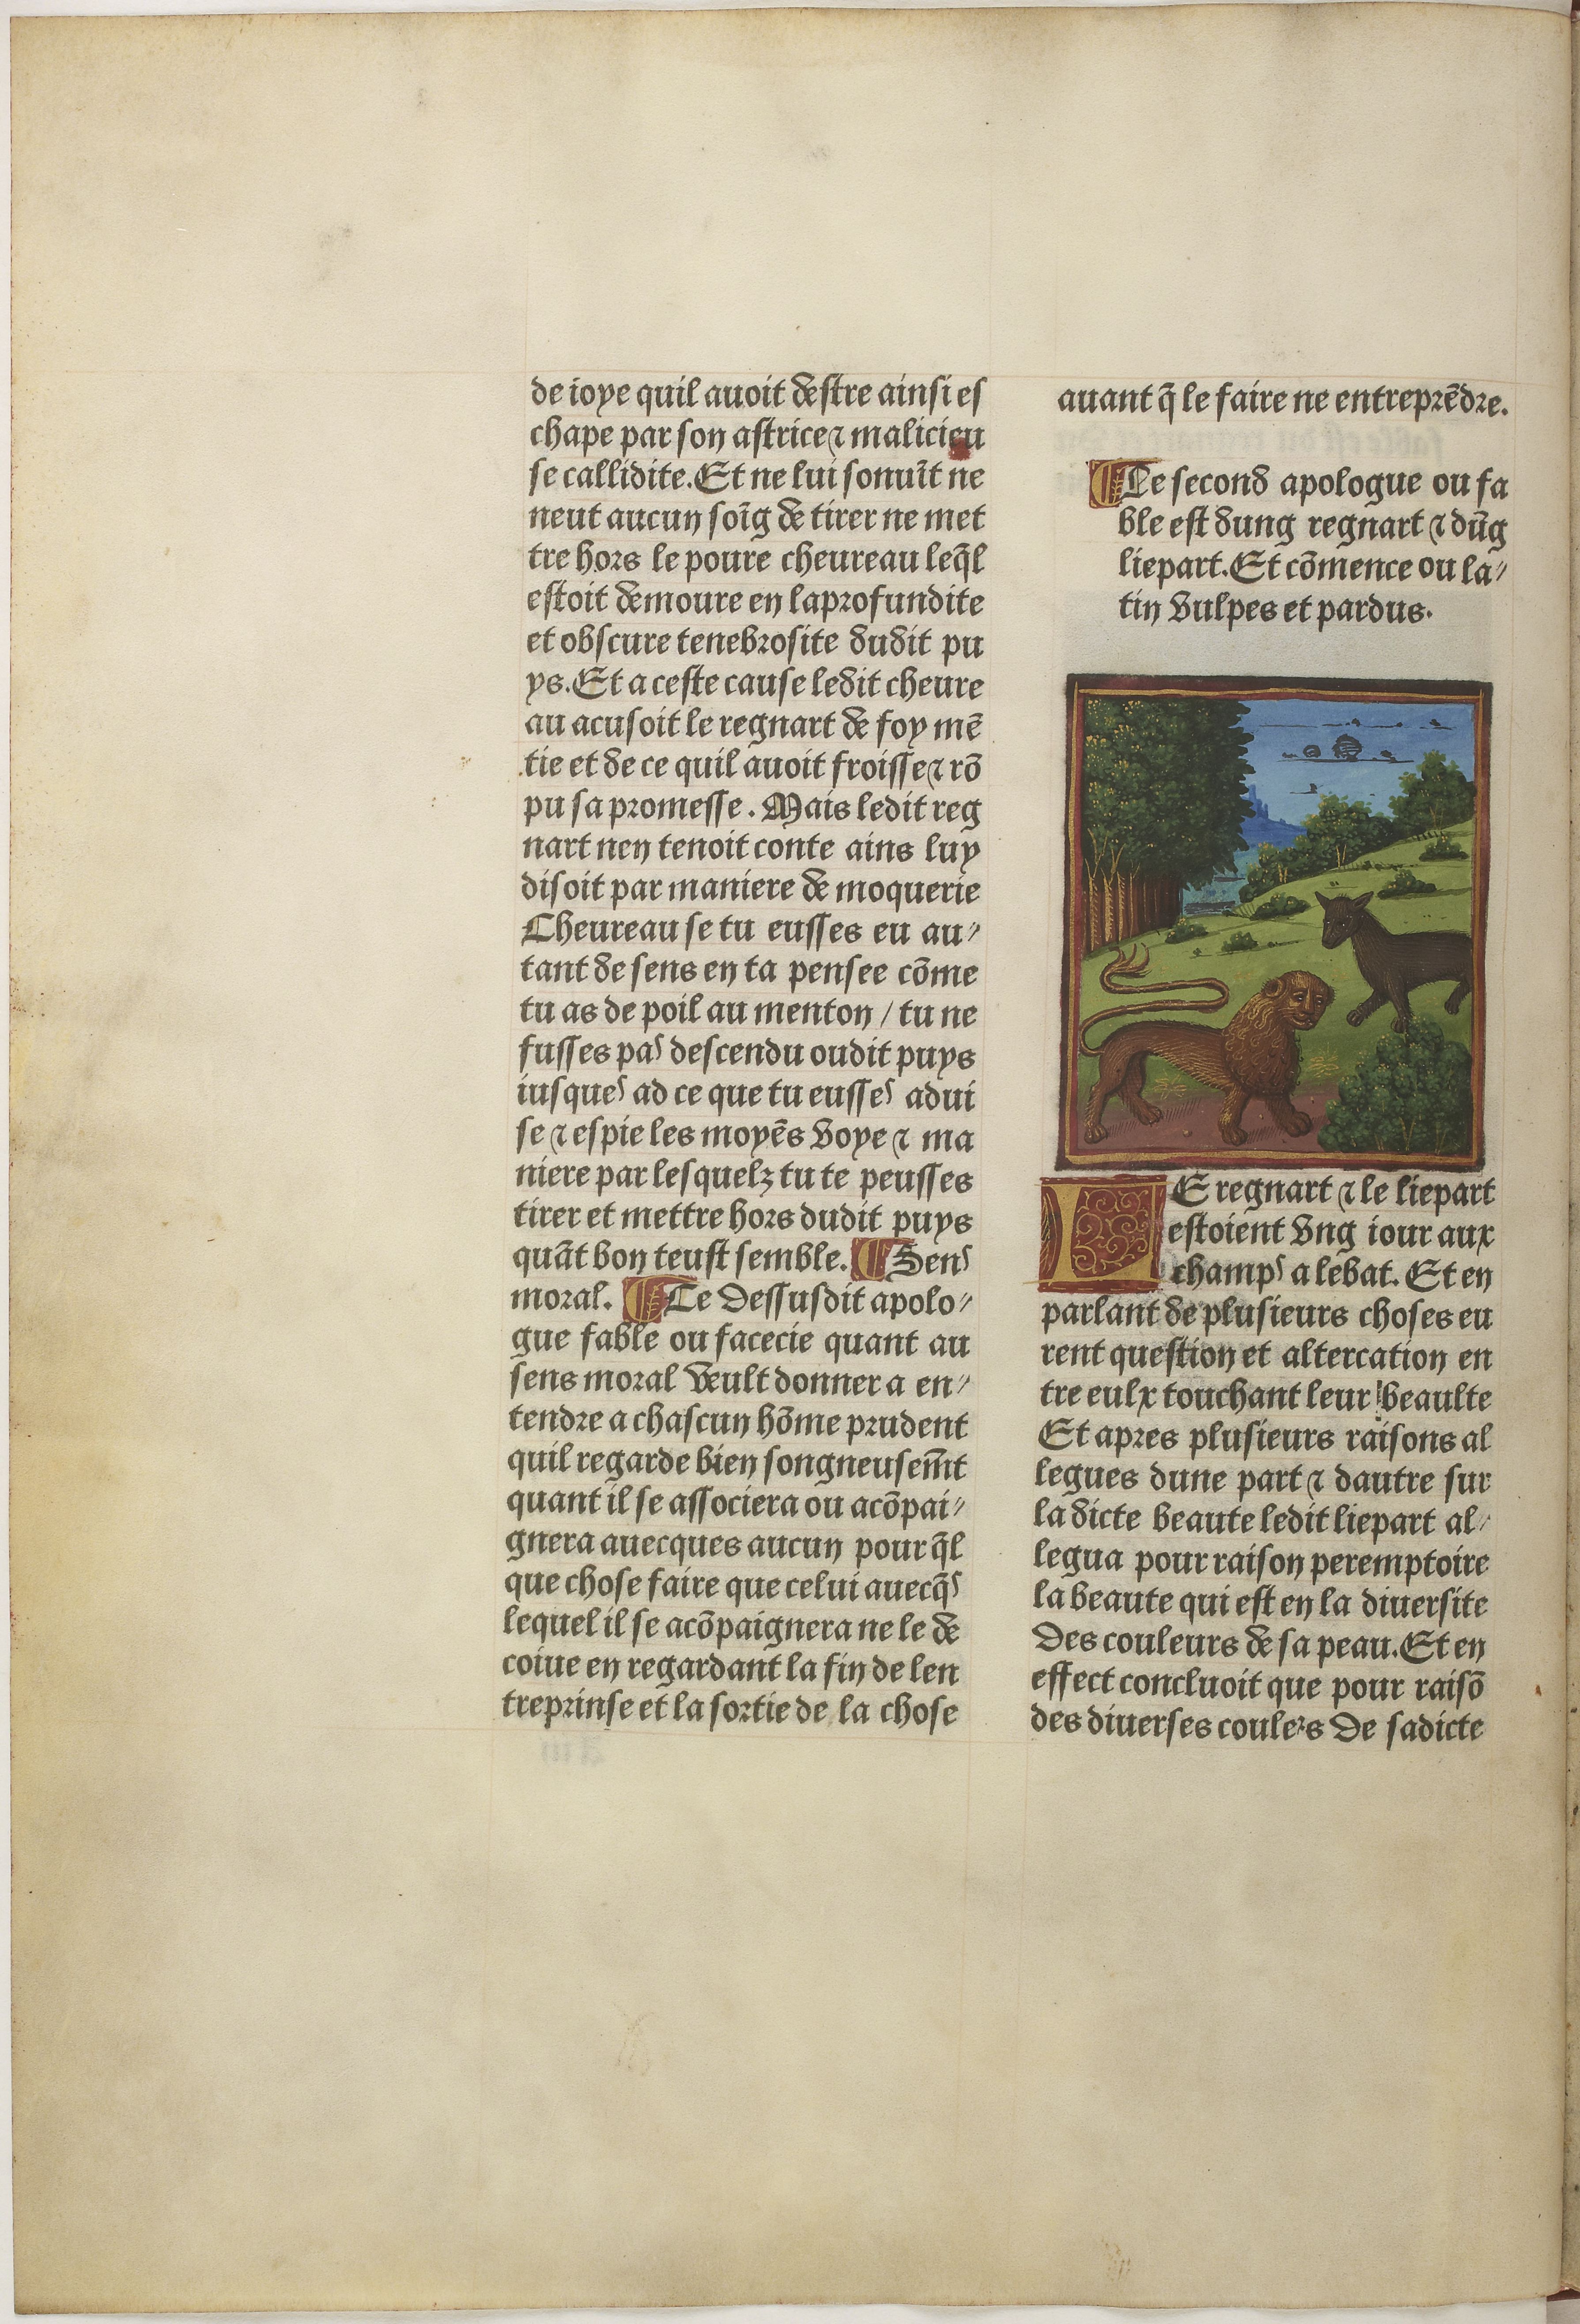
Shelfmark: Paris, BnF, Velins 611
Century: 15